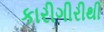
કારીગીરીથી